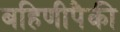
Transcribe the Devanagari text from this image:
बहिणीपैकी